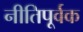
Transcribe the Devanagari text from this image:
नीतिपूर्वक